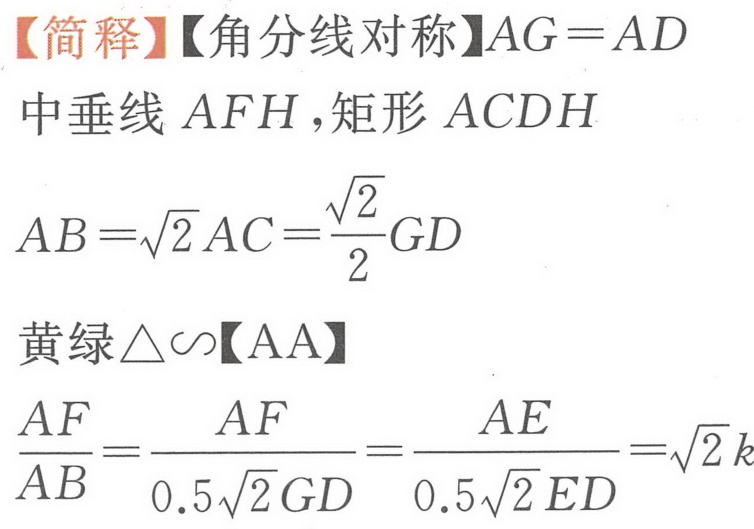
【简释】【角分线对称】\(AG = AD\)
中垂线 \(AFH\)，矩形 \(ACDH\)
\(AB=\sqrt{2}AC=\dfrac{\sqrt{2}}{2}GD\)
黄绿\(\triangle\sim\)【AA】
\(\dfrac{AF}{AB}=\dfrac{AF}{0.5\sqrt{2}GD}=\dfrac{AE}{0.5\sqrt{2}ED}=\sqrt{2}k\)